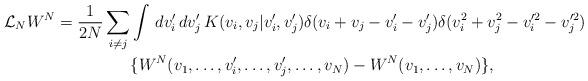
LaTeX: \begin{align*} {\cal{L}}_N W^N=\frac{1}{2N}\sum_{i\neq j}&\int \,dv_i' \,dv_j'\, K(v_i,v_j| v_i',v_j')\delta( v_i+v_j-v_i'-v_j') \delta( v_i^2+v_j^2-v_i'^2-v_j'^2 )\\&\{W^N(v_1,\ldots, v_{i}',\ldots, v_{j}',\ldots, v_N)-W^N(v_1,\ldots, v_N)\},\end{align*}